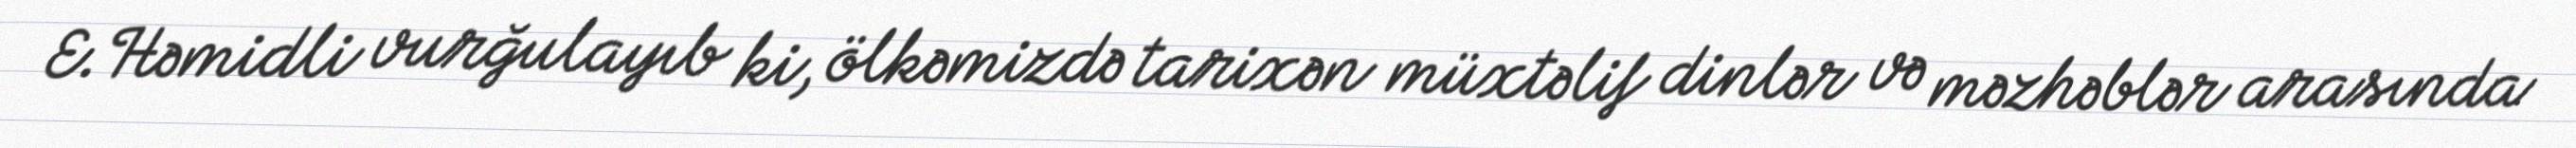
E.Həmidli vurğulayıb ki, ölkəmizdə tarixən müxtəlif dinlər və məzhəblər arasında